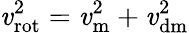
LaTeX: \mathit{v}_{\mathrm{{rot}}}^{2}=\mathit{v}_{\mathrm{{m}}}^{2}+\mathit{v}_{\mathrm{{dm}}}^{2}